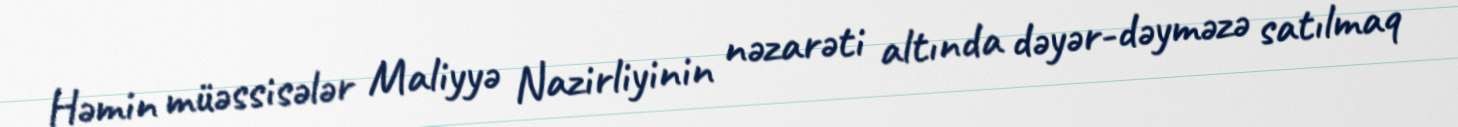
Həmin müəssisələr Maliyyə Nazirliyinin nəzarəti altında dəyər-dəyməzə satılmaq